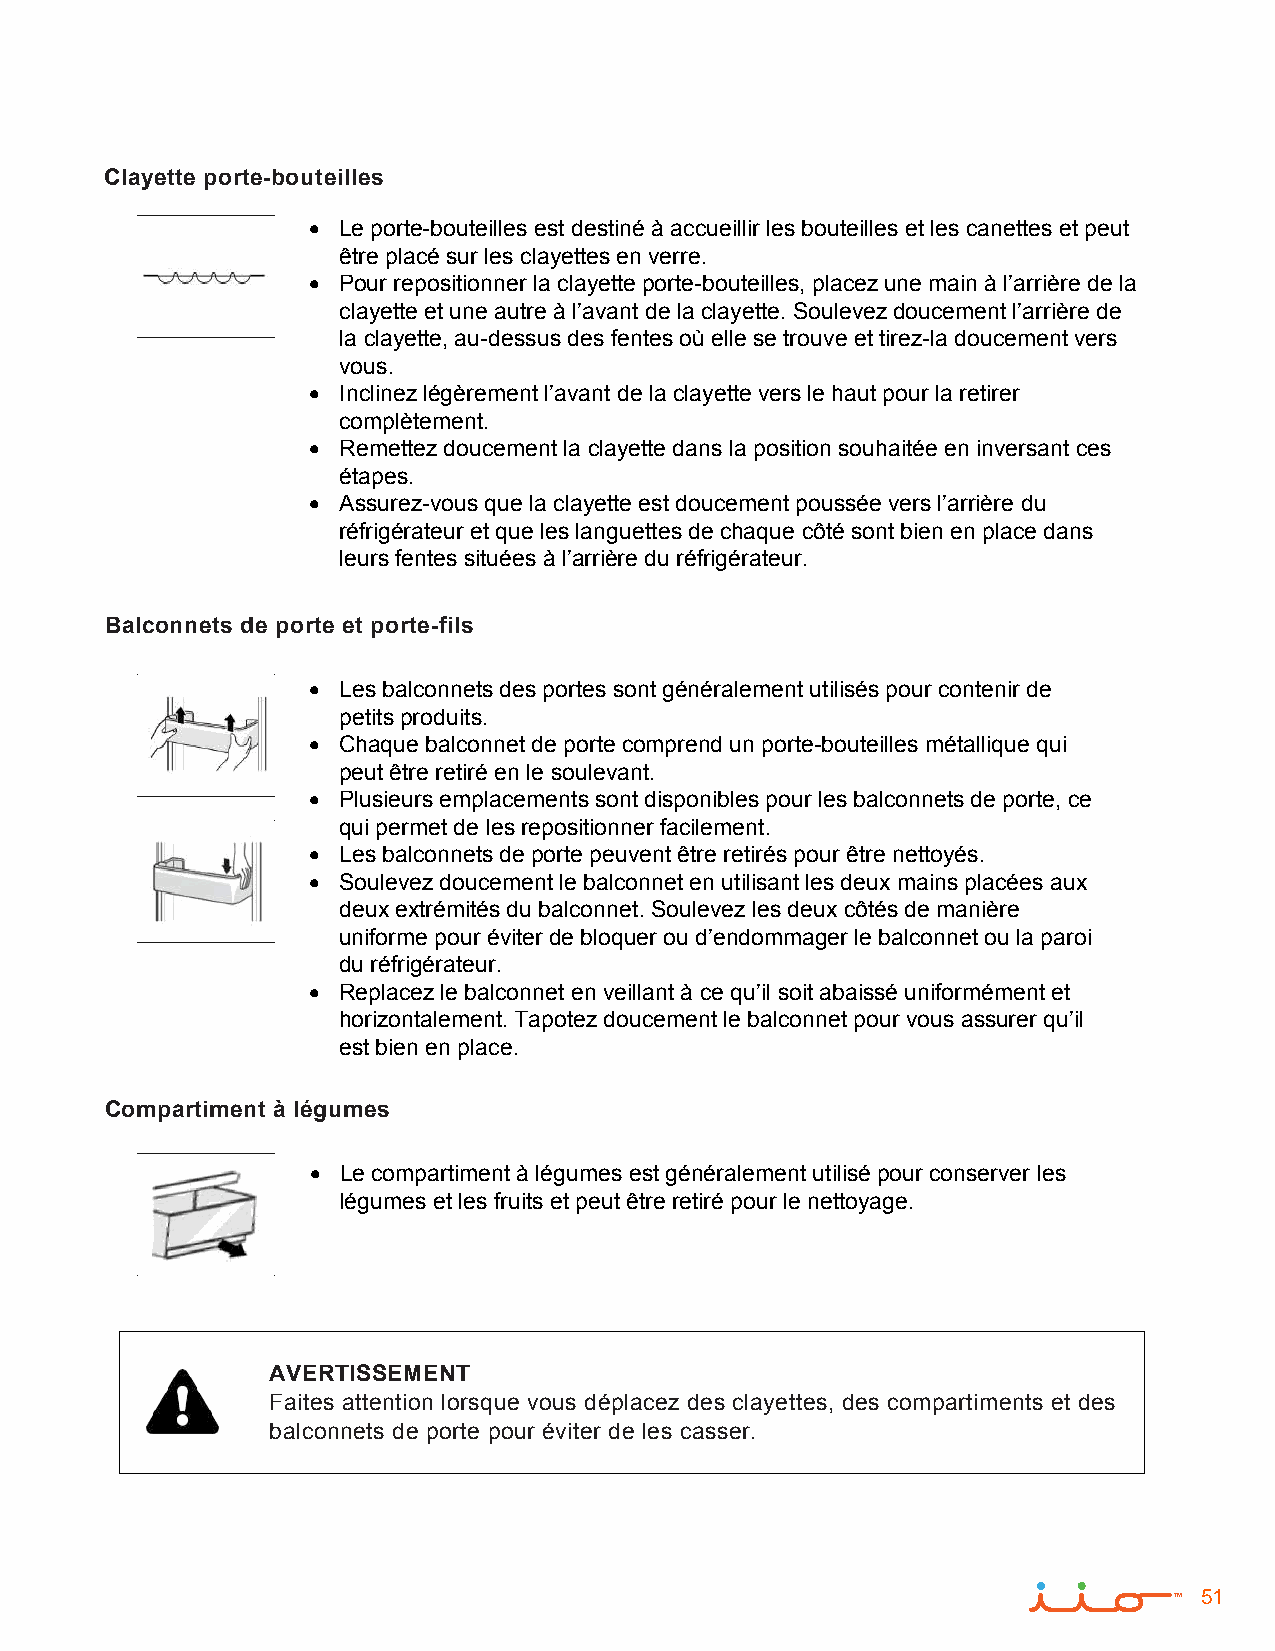
Clayette porte-bouteilles
 • Le porte-bouteilles est destiné à accueillir les bouteilles et les canettes et peut
 être placé sur les clayettes en verre.
 • Pour repositionner la clayette porte-bouteilles, placez une main à l’arrière de la
 clayette et une autre à l’avant de la clayette. Soulevez doucement l’arrière de
 la clayette, au-dessus des fentes où elle se trouve et tirez-la doucement vers
 vous.
 • Inclinez légèrement l’avant de la clayette vers le haut pour la retirer
 complètement.
 • Remettez doucement la clayette dans la position souhaitée en inversant ces
 étapes.
 • Assurez-vous que la clayette est doucement poussée vers l’arrière du
 réfrigérateur et que les languettes de chaque côté sont bien en place dans
 leurs fentes situées à l’arrière du réfrigérateur.
 Balconnets de porte et porte-fils
 • Les balconnets des portes sont généralement utilisés pour contenir de
 petits produits.
 • Chaque balconnet de porte comprend un porte-bouteilles métallique qui
 peut être retiré en le soulevant.
 • Plusieurs emplacements sont disponibles pour les balconnets de porte, ce
 qui permet de les repositionner facilement.
 • Les balconnets de porte peuvent être retirés pour être nettoyés.
 • Soulevez doucement le balconnet en utilisant les deux mains placées aux
 deux extrémités du balconnet. Soulevez les deux côtés de manière
 uniforme pour éviter de bloquer ou d’endommager le balconnet ou la paroi
 du réfrigérateur.
 • Replacez le balconnet en veillant à ce qu’il soit abaissé uniformément et
 horizontalement. Tapotez doucement le balconnet pour vous assurer qu’il
 est bien en place.
 Compartiment à légumes
 •  Le compartiment à légumes est généralement utilisé pour conserver les
 légumes et les fruits et peut être retiré pour le nettoyage.
 AVERTISSEMENT
 Faites attention lorsque vous déplacez des clayettes, des compartiments et des
 balconnets de porte pour éviter de les casser.
 51